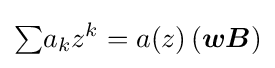
{\textstyle \sum }a_{k}z^{k}=a(z)\,({\boldsymbol {wB}})